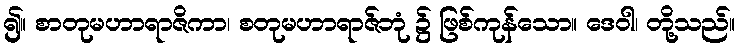
၍။ စာတုမဟာရာဇိကာ၊ စတုမဟာရာဇ်ဘုံ ၌ ဖြစ်ကုန်သော။ ဒေဝါ၊ တို့သည်။